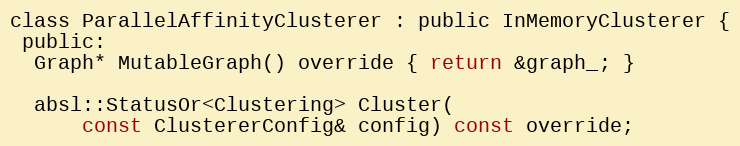
Language: C
class ParallelAffinityClusterer : public InMemoryClusterer {
 public:
  Graph* MutableGraph() override { return &graph_; }

  absl::StatusOr<Clustering> Cluster(
      const ClustererConfig& config) const override;